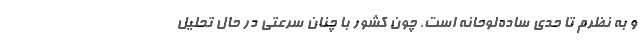
و به نظرم تا حدی ساده‌لوحانه است. چون کشور با چنان سرعتی در حال تحليل